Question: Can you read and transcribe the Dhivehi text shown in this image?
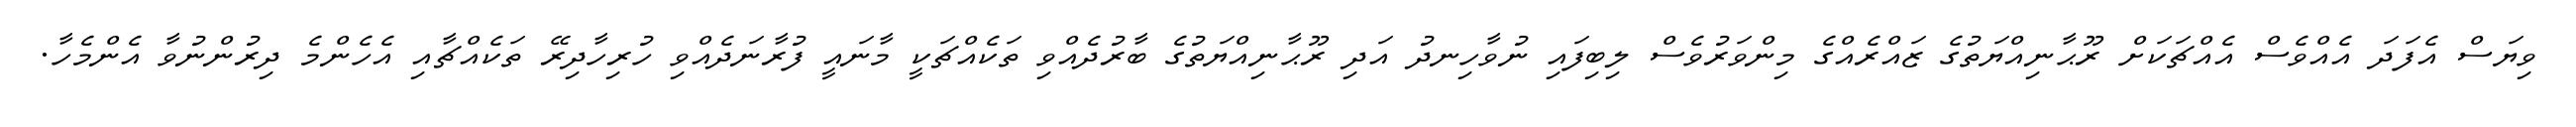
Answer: ވިޔަސް އެފަދަ އެއްވެސް އެއްޗަކަށް ރޫޙާނިއްޔަތުގެ ޒައްރެއްގެ މިންވަރުވެސް ލިބިފައި ނުވާހިނދު އަދި ރޫޙާނިއްޔަތުގެ ބާރުދެއްވި ތަކެއްޗަކީ މާނައީ ފުރާނަދެއްވި ހުރިހާދިރޭ ތަކެއްޗާއި އެހެންމެ ދިރުންނުވާ އެންމެހާ.